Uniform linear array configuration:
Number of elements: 24
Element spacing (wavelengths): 0.5
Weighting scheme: uniform
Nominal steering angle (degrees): -45
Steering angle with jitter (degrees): -46.05
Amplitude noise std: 0.05
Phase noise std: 0.05

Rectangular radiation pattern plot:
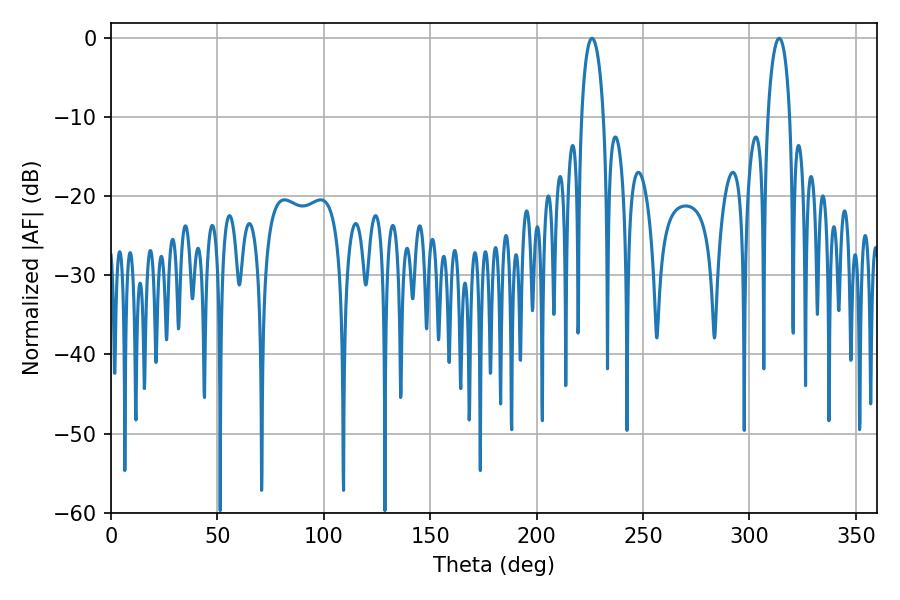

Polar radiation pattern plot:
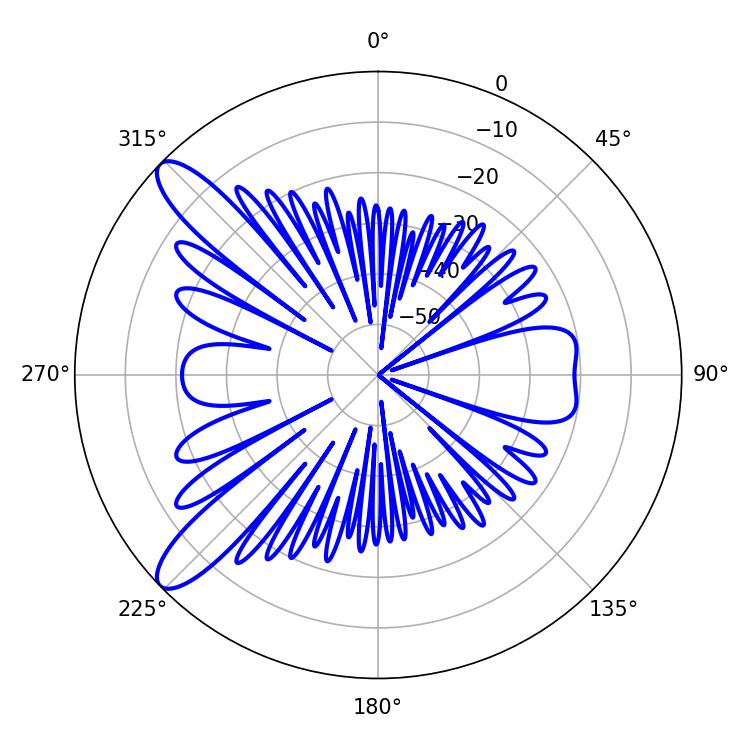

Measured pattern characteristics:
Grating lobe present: FALSE
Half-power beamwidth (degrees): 5.94
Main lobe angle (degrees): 226.08